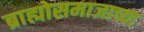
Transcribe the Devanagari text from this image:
ब्राह्मोसमाजाच्या